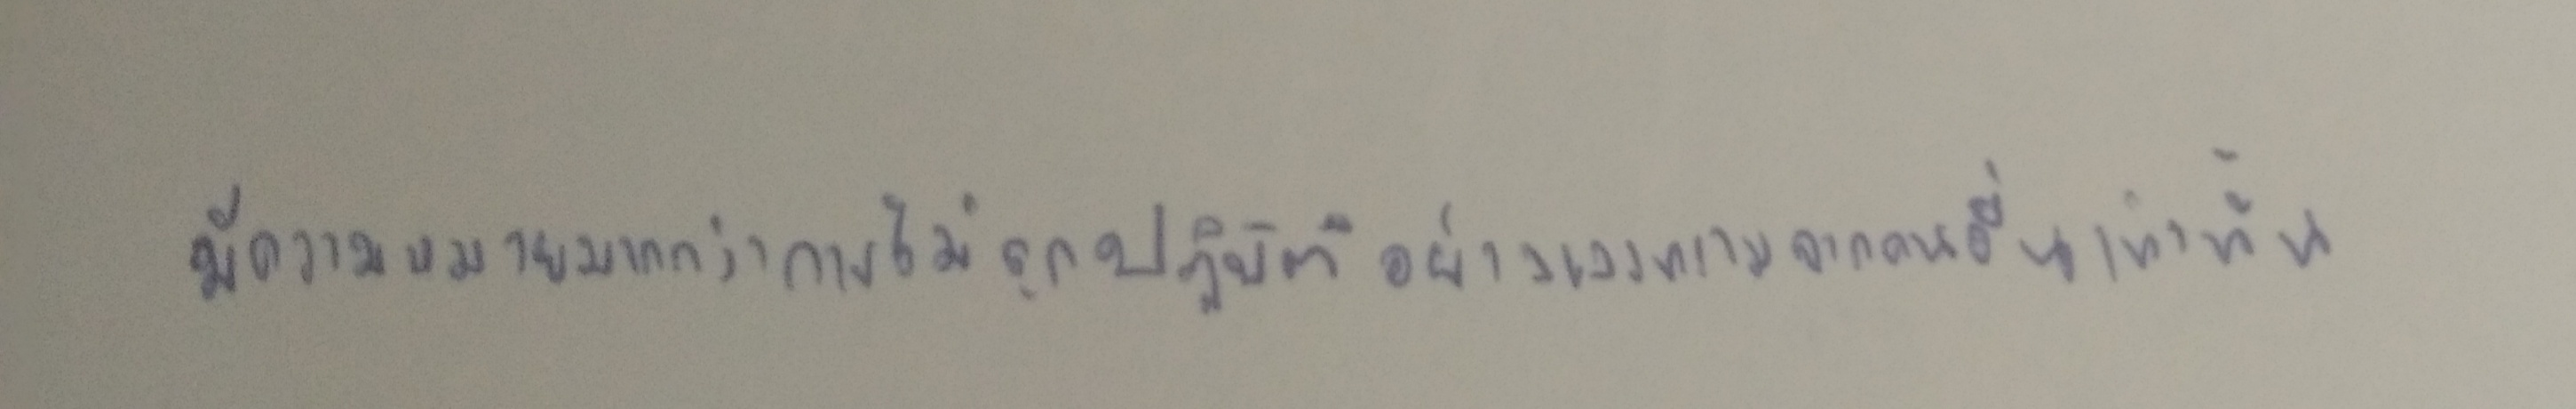
มีความหมายมากกว่าการไม่ถูกปฏิบัติอย่างเลวทรามจากคนอื่นเท่านั้น